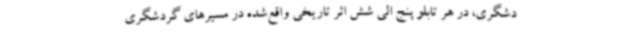
دشگری، در هر تابلو پنج الی شش اثر تاریخی واقع‌شده در مسیرهای گردشگری